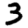
Digit: 3